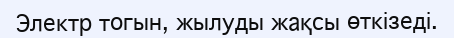
Электр тогын, жылуды жақсы өткізеді.